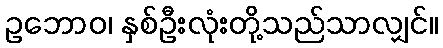
ဥဘောဝ၊ နှစ်ဦးလုံးတို့သည်သာလျှင်။